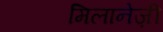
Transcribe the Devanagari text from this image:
मिलानेज़ी